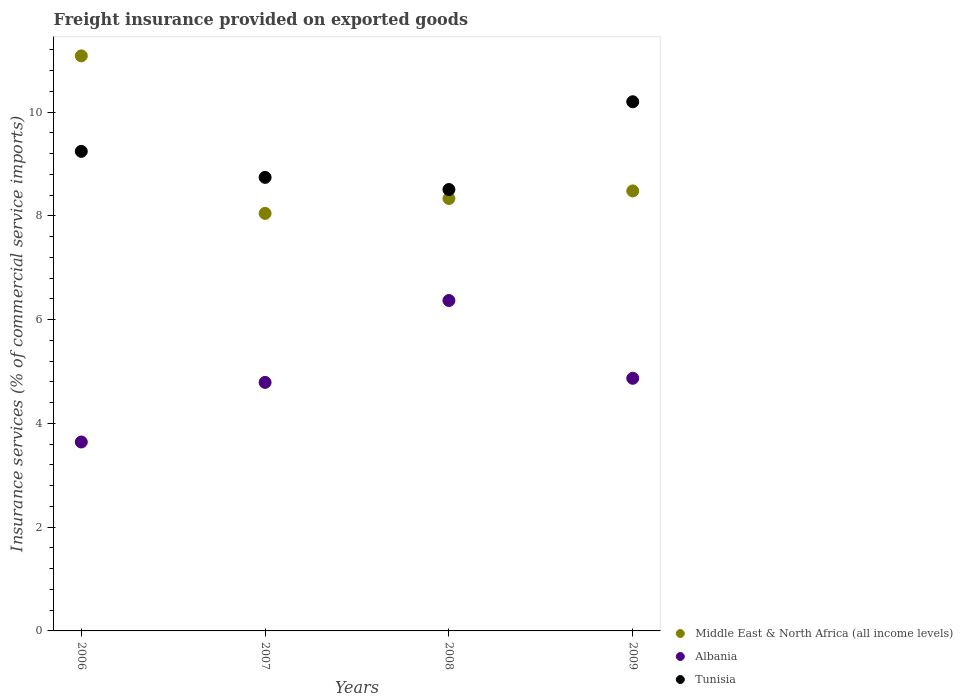
| Years | Middle East & North Africa (all income levels) | Albania | Tunisia |
 | --- | --- | --- | --- |
 | 2006 | 11.1 | 3.64 | 9.25 |
 | 2007 | 8.05 | 4.79 | 8.74 |
 | 2008 | 8.34 | 6.37 | 8.51 |
 | 2009 | 8.48 | 4.87 | 10.2 |